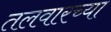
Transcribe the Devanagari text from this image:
तलवारच्या